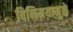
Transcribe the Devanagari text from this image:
विनिमयामुळे